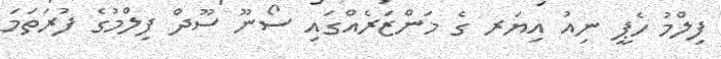
ފިލްމު ހެޕީ ނިއު އިޔަރ ގެ މަންޒަރެއްގައި ސޯނޫ ސޫދް ފިލްމުގެ ފުރަތަމަ